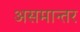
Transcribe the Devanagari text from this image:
असमान्तर